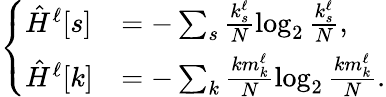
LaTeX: \left\{ \begin{array}{lll}{\hat{H}^{\ell}[s]}&{=-\sum_{s}\frac{k_{s}^{\ell}}{N}\log_{2}\frac{k_{s}^{\ell}}{N},}\\ {\hat{H}^{\ell}[k]}&{=-\sum_{k}\frac{km_{k}^{\ell}}{N}\log_{2}\frac{km_{k}^{\ell}}{N}.}\end{array}\right.